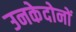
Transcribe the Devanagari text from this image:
उनकेदोनों